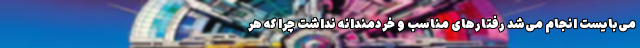
می‌بایست انجام ‌می‌شد رفتارهای مناسب و خردمندانه نداشت چرا که هر